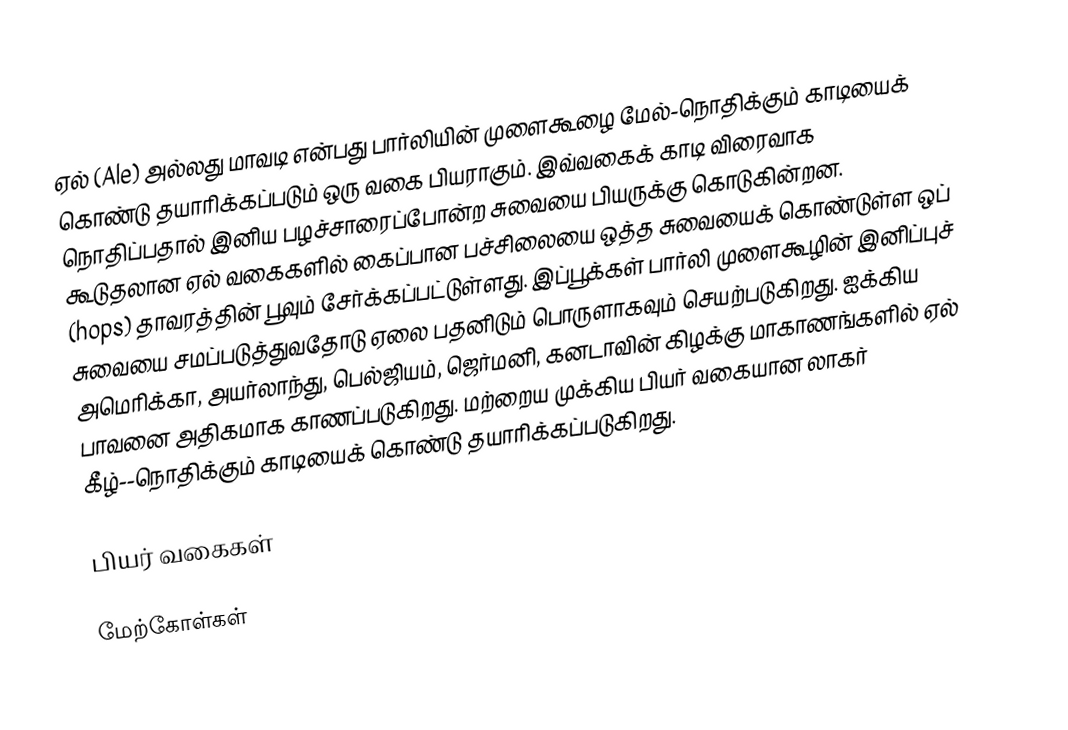
ஏல் (Ale) அல்லது மாவடி  என்பது பார்லியின் முளைகூழை மேல்-நொதிக்கும் காடியைக் கொண்டு தயாரிக்கப்படும் ஒரு வகை பியராகும். இவ்வகைக் காடி விரைவாக நொதிப்பதால் இனிய பழச்சாரைப்போன்ற சுவையை பியருக்கு கொடுகின்றன. கூடுதலான ஏல் வகைகளில் கைப்பான பச்சிலையை ஒத்த சுவையைக் கொண்டுள்ள ஒப் (hops) தாவரத்தின் பூவும் சேர்க்கப்பட்டுள்ளது. இப்பூக்கள் பார்லி முளைகூழின் இனிப்புச் சுவையை சமப்படுத்துவதோடு ஏலை பதனிடும் பொருளாகவும் செயற்படுகிறது. ஐக்கிய அமெரிக்கா, அயர்லாந்து, பெல்ஜியம், ஜெர்மனி, கனடாவின் கிழக்கு மாகாணங்களில் ஏல் பாவனை அதிகமாக காணப்படுகிறது. மற்றைய முக்கிய பியர் வகையான லாகர் கீழ்--நொதிக்கும் காடியைக் கொண்டு தயாரிக்கப்படுகிறது.

பியர் வகைகள்

மேற்கோள்கள்